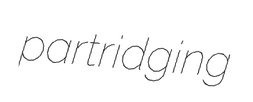
partridging